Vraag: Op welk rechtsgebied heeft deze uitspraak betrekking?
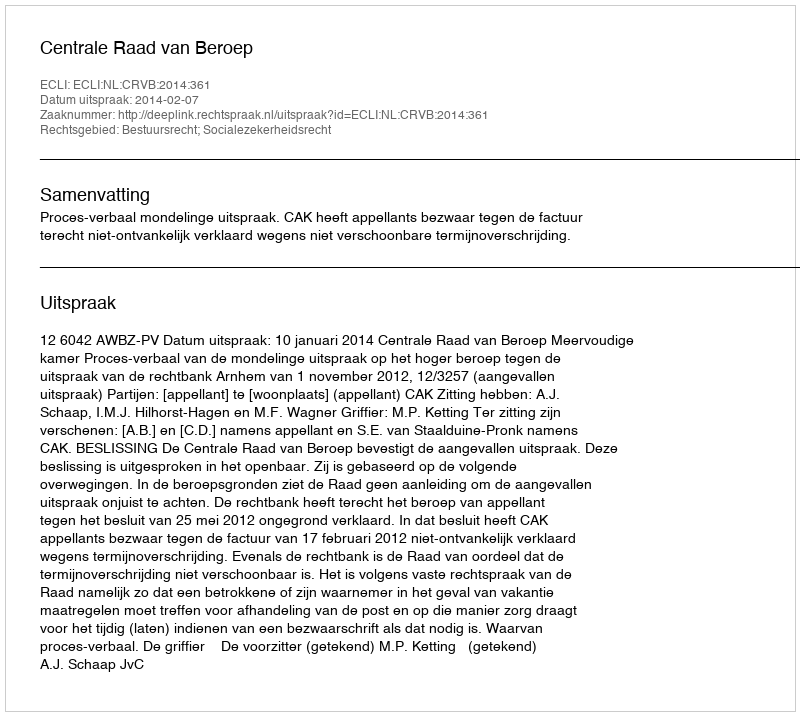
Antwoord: Bestuursrecht; Socialezekerheidsrecht